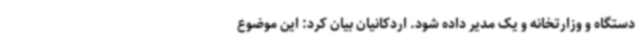
دستگاه و وزارتخانه و یک مدیر داده شود. اردکانیان بیان کرد: این موضوع